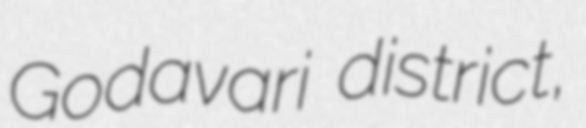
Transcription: Godavari district,